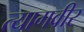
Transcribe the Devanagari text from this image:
त्यागवीर